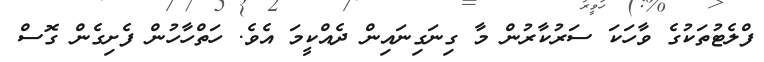
ފްލެޓުތަކުގެ ވާހަކަ ސަރުކާރުން މާ ގިނަގިނައިން ދެއްކީމަ އެވެ. ހަތްހާހުން ފެށިގެން ގޮސް